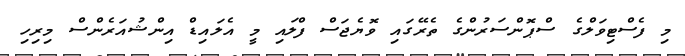
މި ފެސްޓިވަލްގެ ސްޕޮންސަރުންގެ ތެރޭގައި ވޮޔެޖަސް ފްލައި މީ އެލައިޑް އިންޝުއަރެންސް މިރިހި